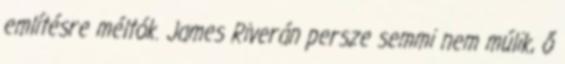
említésre méltók. James Riverán persze semmi nem múlik, ő